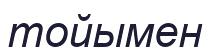
тойымен